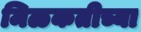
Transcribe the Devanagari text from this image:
मिळकतीच्या